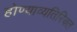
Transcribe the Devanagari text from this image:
होण्याव्यतिरिक्त